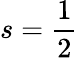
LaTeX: s={\frac{1}{2}}